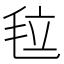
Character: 𣭉